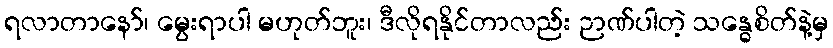
ရလာတာနော်၊ မွေးရာပါ မဟုတ်ဘူး၊ ဒီလိုရနိုင်တာလည်း ဉာဏ်ပါတဲ့ သန္ဓေစိတ်နဲ့မှ